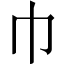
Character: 巾